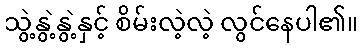
သွဲ့နွဲ့နွဲ့နှင့် စိမ်းလဲ့လဲ့ လွင်နေပါ၏။